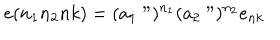
LaTeX: e ( n _ { 1 } n _ { 2 } n k ) = ( a _ { 1 } " ) ^ { n _ { 1 } } ( a _ { 2 } " ) ^ { n _ { 2 } } e _ { n k }